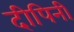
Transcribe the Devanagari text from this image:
दीपिनी